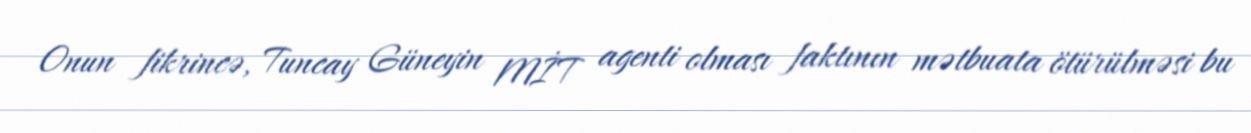
Onun fikrincə, Tuncay Güneyin MİT agenti olması faktının mətbuata ötürülməsi bu